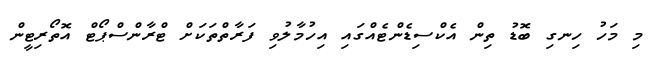
މި މަހު ހިނގި ބޮޑު ތިން އެކްސިޑެންޓެއްގައި އިހުމާލުވި ފަރާތްތަކަށް ޓްރާންސްޕޯޓް އޮތޯރިޓީން